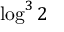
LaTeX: \log ^ { 3 } 2